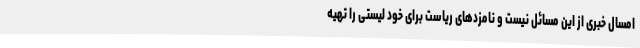
امسال خبری از این مسائل نیست و نامزدهای ریاست برای خود لیستی را تهیه